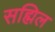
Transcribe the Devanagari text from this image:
सह्मिल